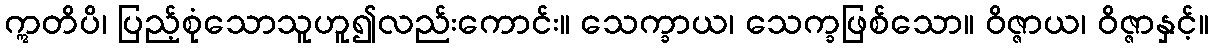
ဣတိပိ၊ ပြည့်စုံသောသူဟူ၍လည်းကောင်း။ သေက္ခာယ၊ သေက္ခဖြစ်သော။ ဝိဇ္ဇာယ၊ ဝိဇ္ဇာနှင့်။